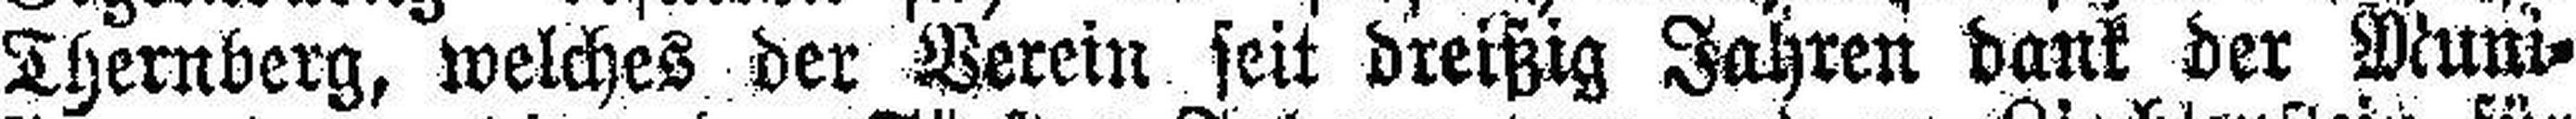
Thernberg, welches der Verein seit dreißig Jahren dank der Muni¬